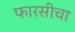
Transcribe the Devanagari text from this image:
फारसीचा